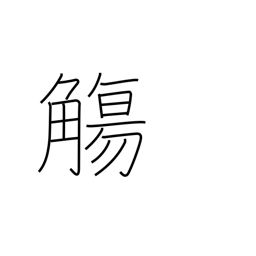
Meaning: cup